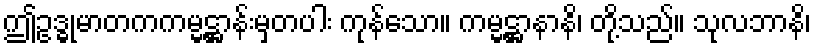
ဤဥဒ္ဓုမာတကကမ္မဋ္ဌာန်းမှတပါး ကုန်သော။ ကမ္မဋ္ဌာနာနိ၊ တို့သည်။ သုလဘာနိ၊